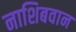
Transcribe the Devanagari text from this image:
नाशिबवान